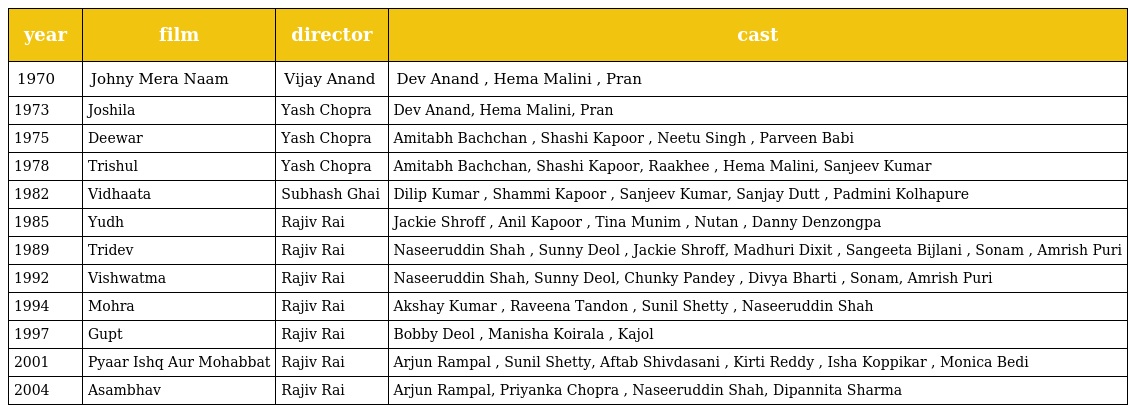
| year | film | director | cast |
 | --- | --- | --- | --- |
 | 1970 | Johny Mera Naam | Vijay Anand | Dev Anand , Hema Malini , Pran |
 | 1973 | Joshila | Yash Chopra | Dev Anand, Hema Malini, Pran |
 | 1975 | Deewar | Yash Chopra | Amitabh Bachchan , Shashi Kapoor , Neetu Singh , Parveen Babi |
 | 1978 | Trishul | Yash Chopra | Amitabh Bachchan, Shashi Kapoor, Raakhee , Hema Malini, Sanjeev Kumar |
 | 1982 | Vidhaata | Subhash Ghai | Dilip Kumar , Shammi Kapoor , Sanjeev Kumar, Sanjay Dutt , Padmini Kolhapure |
 | 1985 | Yudh | Rajiv Rai | Jackie Shroff , Anil Kapoor , Tina Munim , Nutan , Danny Denzongpa |
 | 1989 | Tridev | Rajiv Rai | Naseeruddin Shah , Sunny Deol , Jackie Shroff, Madhuri Dixit , Sangeeta Bijlani , Sonam , Amrish Puri |
 | 1992 | Vishwatma | Rajiv Rai | Naseeruddin Shah, Sunny Deol, Chunky Pandey , Divya Bharti , Sonam, Amrish Puri |
 | 1994 | Mohra | Rajiv Rai | Akshay Kumar , Raveena Tandon , Sunil Shetty , Naseeruddin Shah |
 | 1997 | Gupt | Rajiv Rai | Bobby Deol , Manisha Koirala , Kajol |
 | 2001 | Pyaar Ishq Aur Mohabbat | Rajiv Rai | Arjun Rampal , Sunil Shetty, Aftab Shivdasani , Kirti Reddy , Isha Koppikar , Monica Bedi |
 | 2004 | Asambhav | Rajiv Rai | Arjun Rampal, Priyanka Chopra , Naseeruddin Shah, Dipannita Sharma |